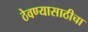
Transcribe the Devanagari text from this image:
ठेवण्यासाठीचा